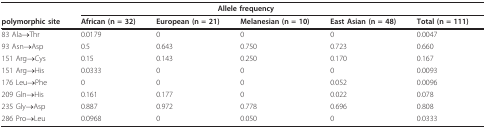
<table><thead><tr><td></td><td colspan="4"><b>Allele frequency</b></td><td></td></tr><tr><td><b>polymorphic site</b></td><td><b>African (n = 32)</b></td><td><b>European (n = 21)</b></td><td><b>Melanesian (n = 10)</b></td><td><b>East Asian (n = 48)</b></td><td><b>Total (n = 111)</b></td></tr></thead><tbody><tr><td>83 Ala→Thr</td><td>0.0179</td><td>0</td><td>0</td><td>0</td><td>0.0047</td></tr><tr><td>93 Asn→Asp</td><td>0.5</td><td>0.643</td><td>0.750</td><td>0.723</td><td>0.660</td></tr><tr><td>151 Arg→Cys</td><td>0.15</td><td>0.143</td><td>0.250</td><td>0.170</td><td>0.167</td></tr><tr><td>151 Arg→His</td><td>0.0333</td><td>0</td><td>0</td><td>0</td><td>0.0093</td></tr><tr><td>176 Leu→Phe</td><td>0</td><td>0</td><td>0</td><td>0.052</td><td>0.0096</td></tr><tr><td>209 Gln→His</td><td>0.161</td><td>0.177</td><td>0</td><td>0.022</td><td>0.078</td></tr><tr><td>235 Gly→Asp</td><td>0.887</td><td>0.972</td><td>0.778</td><td>0.696</td><td>0.808</td></tr><tr><td>286 Pro→Leu</td><td>0.0968</td><td>0</td><td>0.050</td><td>0</td><td>0.0333</td></tr></tbody></table>